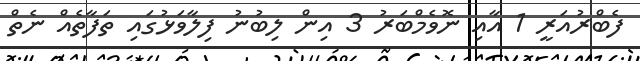
ފެބްރުއަރީ 1 އާއި ނޮވެމްބަރު 3 އިން ލިބުނު ފިލާވަޅުގައި ތަފާތެއް ނެތް